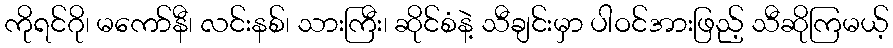
ကိုရင်ဂို၊ မကော်နီ၊ လင်းနစ်၊ သားကြီး၊ ဆိုင်စံနဲ့ သီချင်းမှာ ပါဝင်အားဖြည့် သီဆိုကြမယ့်